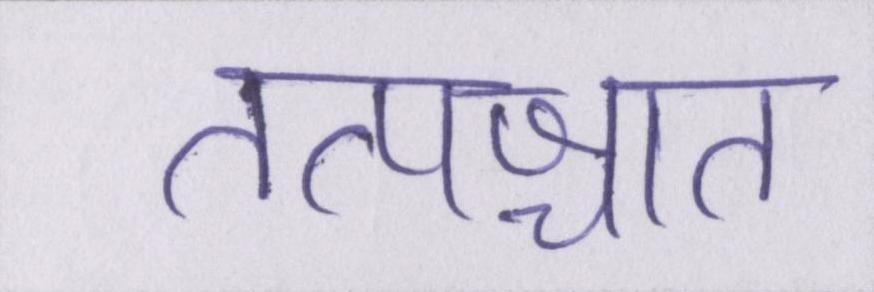
तत्पश्चात